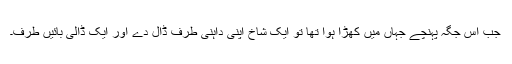
جب اس جگہ پہنچے جہاں میں کھڑا ہوا تھا تو ایک شاخ اپنی داہنی طرف ڈال دے اور ایک ڈالی بائیں طرف۔